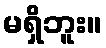
မရှိဘူး။